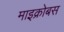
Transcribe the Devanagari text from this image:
माइक्रोबस